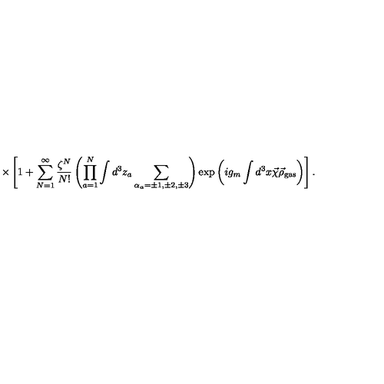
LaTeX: \times \left[ 1 + \sum _ { N = 1 } ^ { \infty } \frac { \zeta ^ { N } } { N ! } \left( \prod _ { a = 1 } ^ { N } \int d ^ { 3 } z _ { a } \sum _ { \alpha _ { a } = \pm 1 , \pm 2 , \pm 3 } ^ { } \right) \exp \left( i g _ { m } \int d ^ { 3 } x \vec { \chi } \vec { \rho } _ { \mathrm { g a s } } \right) \right] .